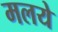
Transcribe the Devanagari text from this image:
मलये